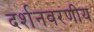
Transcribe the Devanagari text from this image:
दर्शनवरणीय